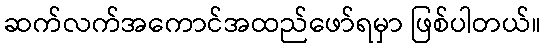
ဆက်လက်အကောင်အထည်ဖော်ရမှာ ဖြစ်ပါတယ်။